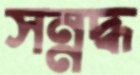
সন্নদ্ধ